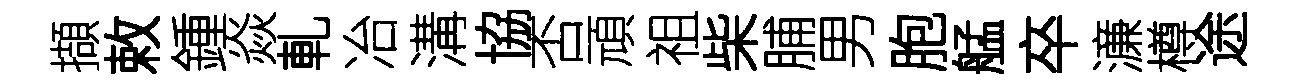
擷敕鍾焱軋冶溝協否頑祖柴脯男胞艋卒濓樽途